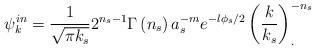
LaTeX: \begin{align*}\psi^{in}_k =\frac{1}{\sqrt{\pi k_s}}2^{n_s-1}\Gamma \left( n_s\right)a_s^{-m}e^{-l\phi _s/2}\left( \frac k{k_s}\right) ^{-n_s}_{.}\end{align*}